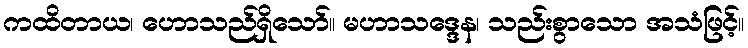
ကထိတာယ၊ ဟောသည်ရှိသော်။ မဟာသဒ္ဒေန၊ သည်းစွာသော အသံဖြင့်။